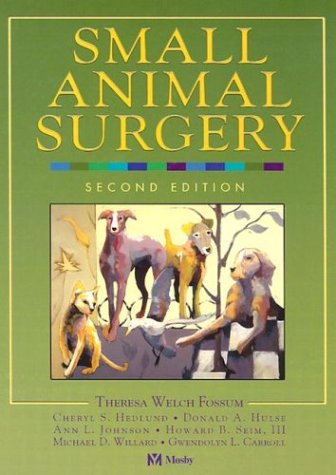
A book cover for Small Animal Surgery, 2e; Theresa Welch Fossum DVM  MS  PhD  Dipl ACVS; Medical Books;